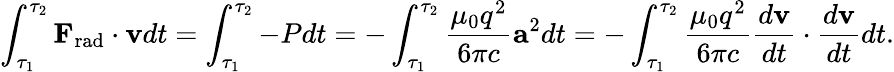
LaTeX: \int_{\tau_{1}}^{\tau_{2}}\mathbf{F}_{\mathrm{rad}}\cdot\mathbf{v}dt=\int_{\tau_{1}}^{\tau_{2}}-Pdt=-\int_{\tau_{1}}^{\tau_{2}}{\frac{\mu_{0}q^{2}}{6\pi c}}\mathbf{a}^{2}dt=-\int_{\tau_{1}}^{\tau_{2}}{\frac{\mu_{0}q^{2}}{6\pi c}}{\frac{d\mathbf{v}}{dt}}\cdot{\frac{d\mathbf{v}}{dt}}dt.